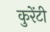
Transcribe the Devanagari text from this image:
कुरेंटी